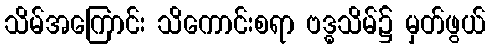
သိမ်အကြောင်း သိကောင်းစရာ ဗဒ္ဓသိမ်၌ မှတ်ဖွယ်